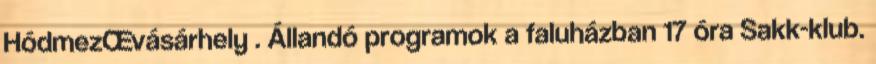
HódmezŒvásárhely . Állandó programok a faluházban 17 óra Sakk-klub.